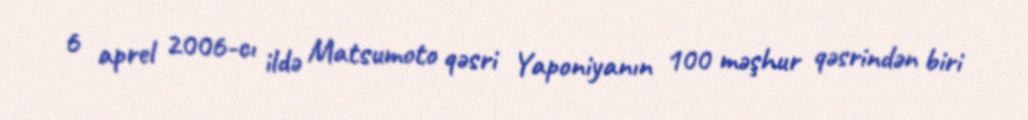
6 aprel 2006-cı ildə Matsumoto qəsri Yaponiyanın 100 məşhur qəsrindən biri